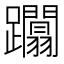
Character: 躢